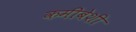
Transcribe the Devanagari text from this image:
कमीबेशी